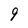
Character: 9